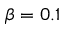
\beta = 0 . 1